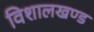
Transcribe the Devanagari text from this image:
विशालखण्ड